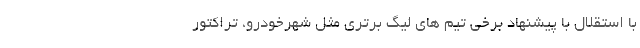
با استقلال با پیشنهاد برخی تیم های لیگ برتری مثل شهرخودرو، تراکتور